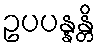
ဥပပန္နန္တိ